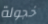
خجولة